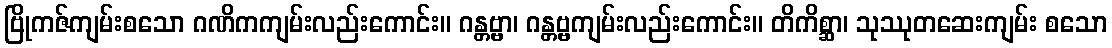
ဗြိုကဇ်ကျမ်းစသော ဂဏိကကျမ်းလည်းကောင်း။ ဂန္တဗ္ဗာ၊ ဂန္တဗ္ဗကျမ်းလည်းကောင်း။ တိကိစ္ဆာ၊ သုဿုတဆေးကျမ်း စသော